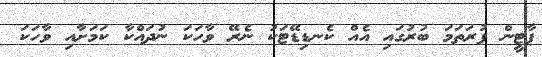
ޕާޓީން ފުރަތަމަ ބުރުގައި އެއް ކެނޑިޑޭޓަކު ނެރޭ ވާހަކަ ނުދައްކާ ކަމަށާއި ވާހަކަ